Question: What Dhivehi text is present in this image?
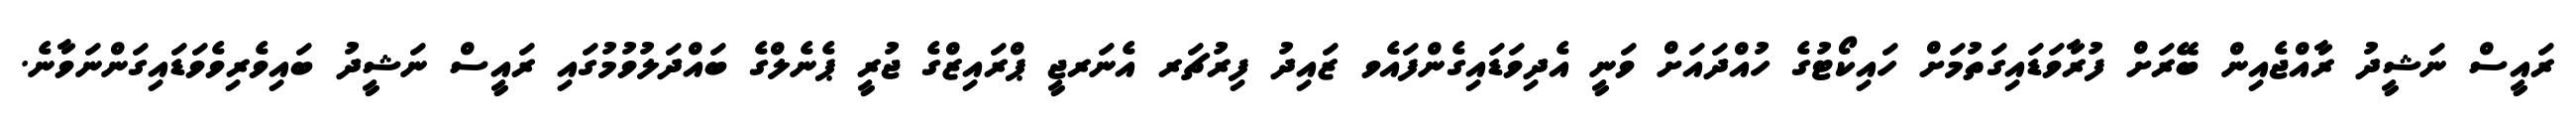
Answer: ރައީސް ނަޝީދު ރާއްޖެއިން ބޭރަށް ފުރާވަޑައިގަތުމަށް ހައިކޯޓުގެ ހުއްދައަށް ވަނީ އެދިވަޑައިގެންފައެވ ޒައިދު ފިރުޗަރ އެނަރޖީ ޕްރައިޒްގެ ޖުރީ ޕެނެލްގެ ބައްދަލުވުމުގައި ރައީސް ނަޝީދު ބައިވެރިވެވަޑައިގަންނަވާނެ.